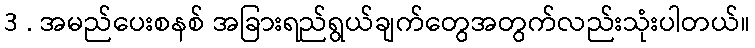
3 . အမည်ပေးစနစ် အခြားရည်ရွယ်ချက်တွေအတွက်လည်းသုံးပါတယ်။